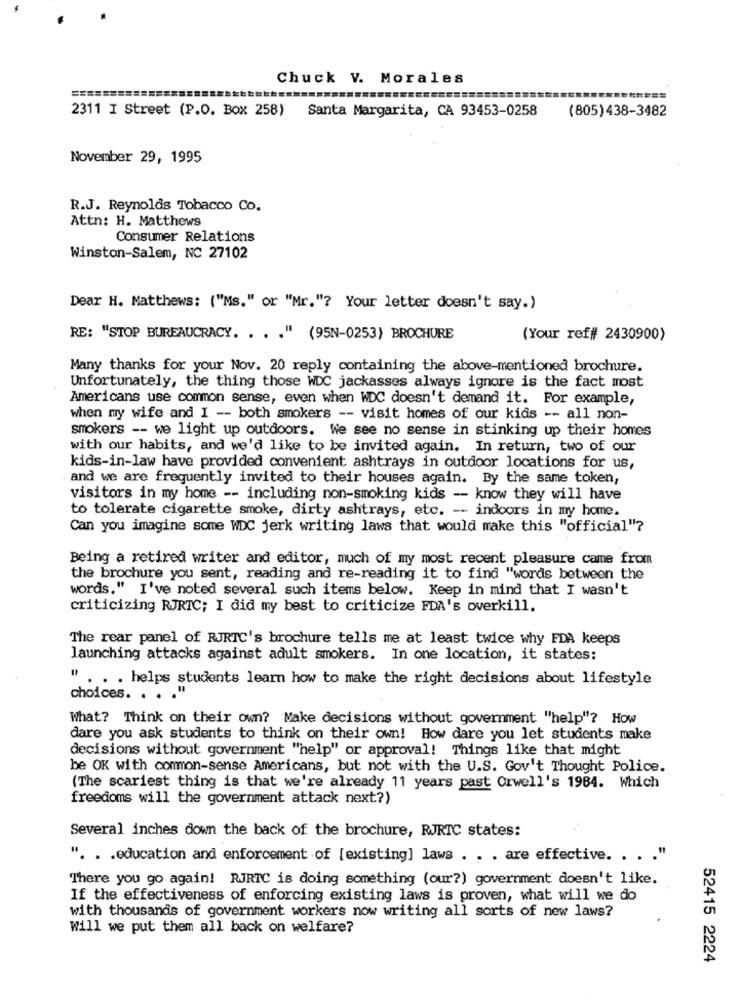
Chuck V. Morales
=========
2311 I Street (P.O. Box 258)
Santa Margarita, CA 93453-0258
(805) 438-3482
November 29, 1995
R.J. Reynolds Tobacco Co.
Attn: H. Matthews
Consumer Relations
Winston-Salem, NC 27102
Dear H. Matthews: ("Ms." or "Mr."? Your letter doesn't say.)
RE: "STOP BUREAUCRACY. . . . " (95N-0253) BROCHURE
(Your ref## 2430900)
Many thanks for your Nov. 20 reply containing the above-mentioned brochure.
Unfortunately, the thing those WDC jackasses always ignore is the fact most
Americans use common sense, even when WDC doesn't demand it. For example,
when my wife and I -- both smokers -- visit homes of our kids -- all non-
smokers -- we light up outdoors. We see no sense in stinking up their homes
with our habits, and we'd like to be invited again. In return, two of our
kids-in-law have provided convenient ashtrays in outdoor locations for us,
and we are frequently invited to their houses again. By the same token,
visitors in my home -- including non-smoking kids -- know they will have
to tolerate cigarette smoke, dirty ashtrays, etc. -- indoors in my home.
Can you imagine some WDC jerk writing laws that would make this "official"?
Being a retired writer and editor, much of my most recent pleasure came from
the brochure you sent, reading and re-reading it to find "words between the
words." I've noted several such items below. Keep in mind that I wasn't
criticizing RJRTC; I did my best to criticize FDA's overkill.
The rear panel of RJRTC's brochure tells me at least twice why FDA keeps
launching attacks against adult smokers. In one location, it states:
. . . helps students learn how to make the right decisions about lifestyle
choices. . .
What? Think on their own? Make decisions without government "help"? How
dare you ask students to think on their own! How dare you let students make
decisions without government "help" or approval! Things like that might
be OK with common-sense Americans, but not with the U.S. Gov't Thought Police.
(The scariest thing is that we're already 11 years past Orwell's 1984. Which
freedoms will the government attack next?)
Several inches down the back of the brochure, RJRTC states:
". . . education and enforcement of [existing] laws . . . are effective. . . . "
There you go again! RJRTC is doing something (our?) government doesn't like.
If the effectiveness of enforcing existing laws is proven, what will we do
with thousands of government workers now writing all sorts of new laws?
Will we put them all back on welfare?
52415 2224